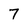
Character: 7